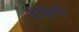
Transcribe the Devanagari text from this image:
देखियेः